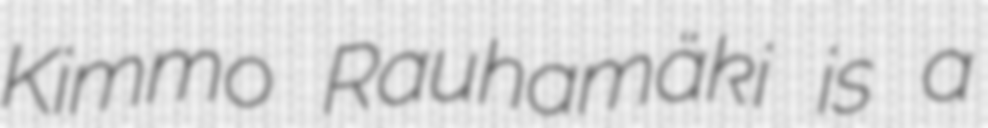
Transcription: Kimmo Rauhamäki is a